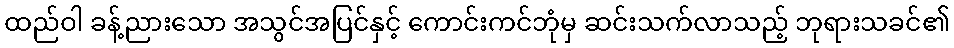
ထည်ဝါ ခန့်ညားသော အသွင်အပြင်နှင့် ကောင်းကင်ဘုံမှ ဆင်းသက်လာသည့် ဘုရားသခင်၏